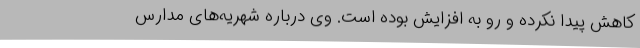
کاهش پیدا نکرده و رو به افزایش بوده است. وی درباره‌ شهریه‌های مدارس